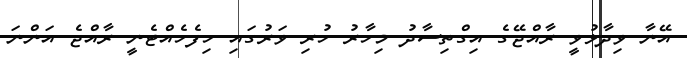
އޭނާ ވިދާޅުވީ ރާއްޖޭގެ އިގްތިސާދު މިހާރު ހުރި ވަރުގައި ހިފެހެއްޓެނީ ރާއްޖެ އަންނަ